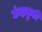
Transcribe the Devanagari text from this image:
कंदाकुर्ती